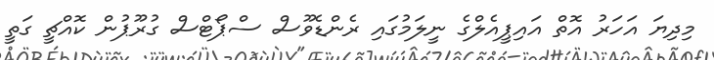
މިދިޔަ އަހަރު އޮތް އައިޕީއެލްގެ ނީލަމުގައި ރެންޑެވޫސް ސްޕޯޓްސް ގުރޫޕުން ކޮއްޗީ ގަތީ